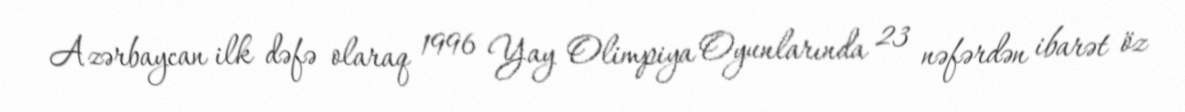
Azərbaycan ilk dəfə olaraq 1996 Yay Olimpiya Oyunlarında 23 nəfərdən ibarət öz